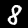
Digit: 8